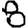
Digit: 8